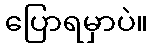
ပြောရမှာပဲ။